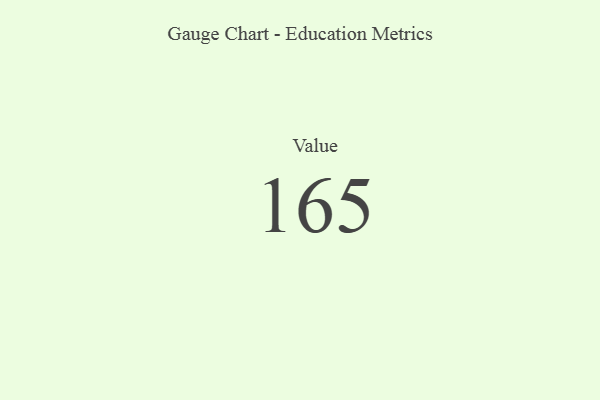
{"axis": {"x": "Metric", "y": "Value"}, "legend": [""], "data": [{"x": "Value", "y": 165, "type": ""}]}